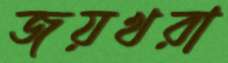
জয়খরা